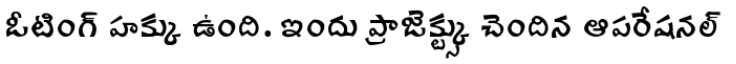
ఓటింగ్ హక్కు ఉంది. ఇందు ప్రాజెక్ట్స్కు చెందిన ఆపరేషనల్